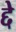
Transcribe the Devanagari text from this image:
द्दे